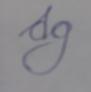
Signature authenticity: forged